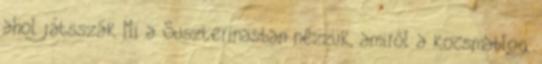
ahol játsszák Mi a Suszterinasban nézzük, amiről a kocsmablog